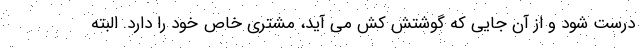
درست شود و از آن جایی که گوشتش کش می آید، مشتری خاص خود را دارد. البته